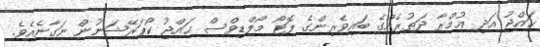
ޙައްޖު އަދި ޢުމްރާ ދަތުރެއްގެ ބައިވެރިންގެ ފޮޓޯ މޯލްޑިވްސް ޙައްޖު ކޯޕަރޭޝަނުން ނަގާނެއެވެ.